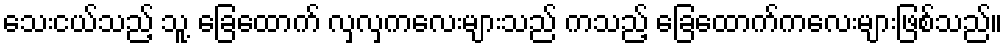
သေးငယ်သည့် သူ့ ခြေထောက် လှလှကလေးများသည် ကသည့် ခြေထောက်ကလေးများဖြစ်သည်။